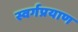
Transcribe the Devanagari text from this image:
स्वर्गप्रयाण